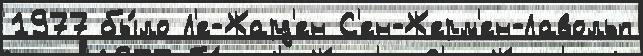
1977 бы́ло Л'е-Жард'ен С'ен-Жерм'ен-Лавольп